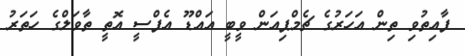
ފާއިތުވި ތިން އަހަރުގެ ޗެމްޕިއަން ވީބީ އައްޑޫ އެފްސީ އޮތީ ތާވަލްގެ ހަތަރު